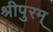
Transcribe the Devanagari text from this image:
श्रीपुरम्